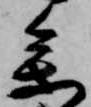
参